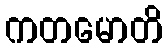
ကတမောတိ